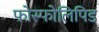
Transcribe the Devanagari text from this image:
फोस्फोलिपिड